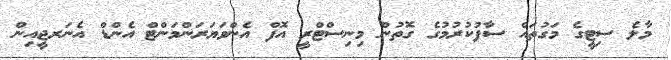
މާލެ ސިޓީގެ މަގުތައް ސާފުކުރުމުގެ ގޮތުން މިނިސްޓްރީ އޮފް އެންވަޔަރަންމަންޓް އެންޑް އެނަރޖީއިން